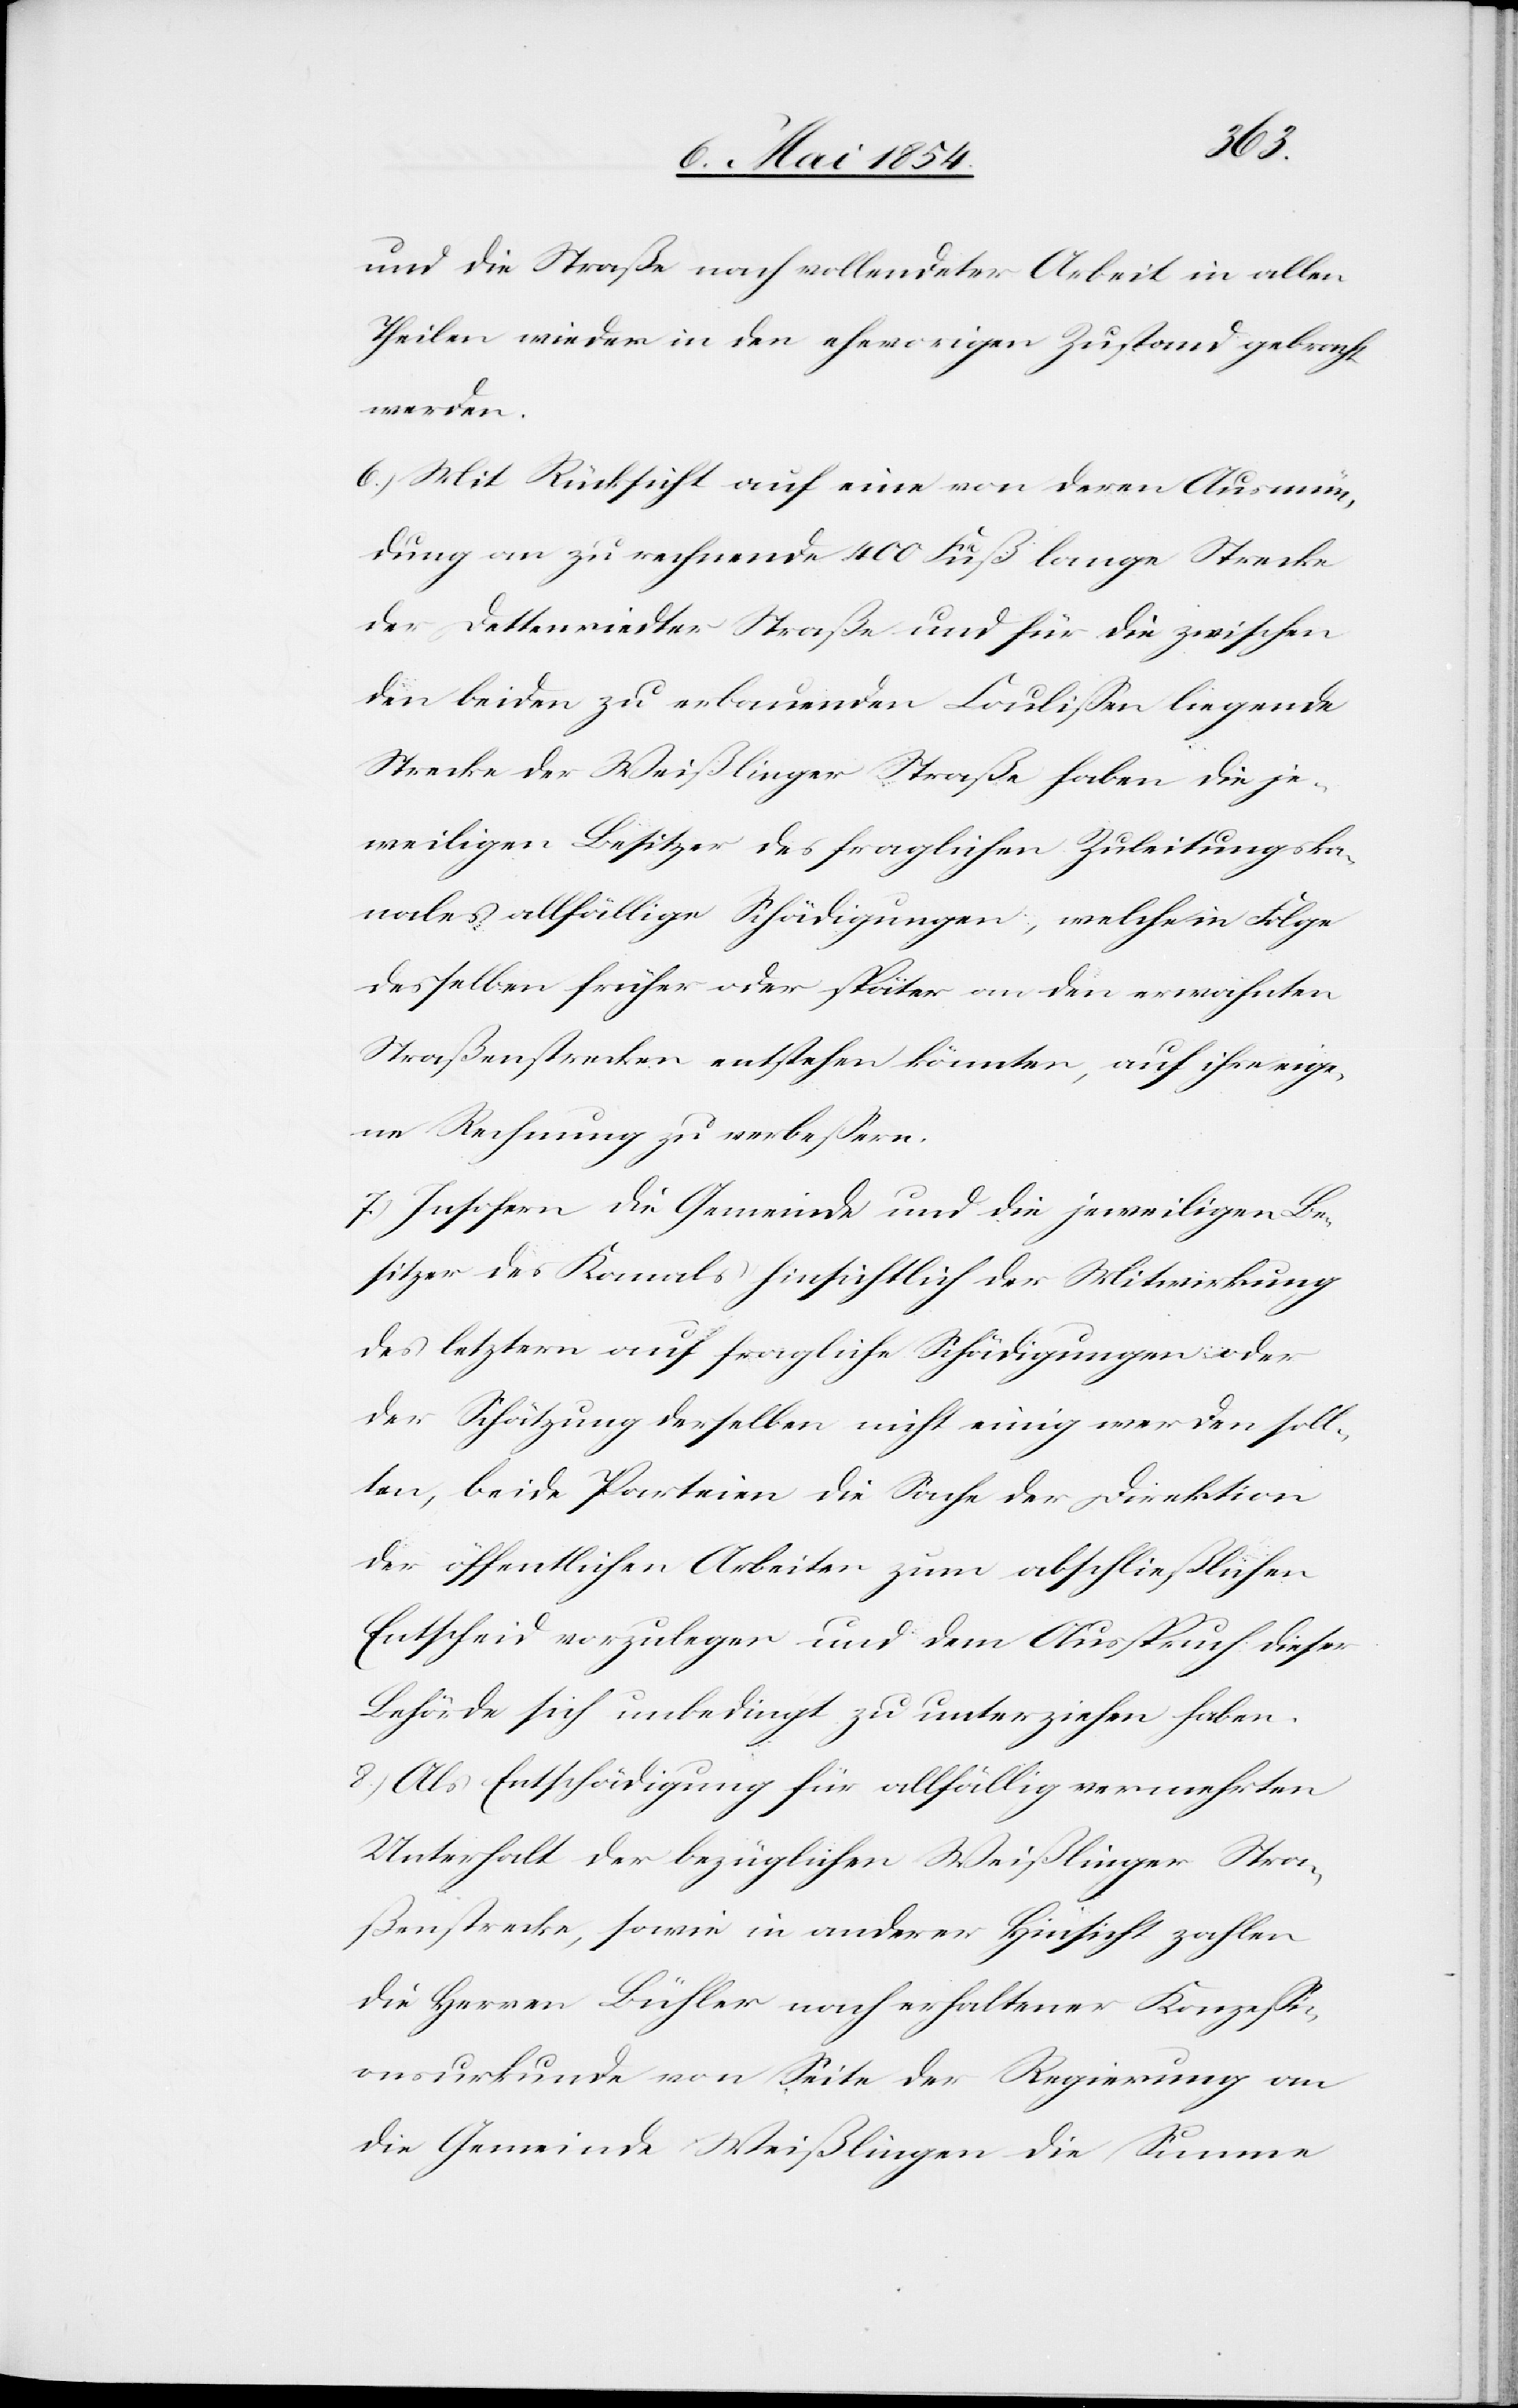
und die Straße nach vollendeter Arbeit in allen
Theilen wieder in den ehevorigen Zustand gebracht
werden.
6.) Mit Rücksicht auf eine von deren Ausmün¬
dung an zu rechnende 400 Fuß lange Strecke
der Dettenriedter Straße und für die zwischen
den beiden zu erbauenden Coulißen liegende
Strecke der Weißlinger Straße haben die je¬
weiligen Besitzer des fraglichen Zuleitungska¬
nales allfällige Schädigungen, welche in Folge
desselben früher oder später an den erwähnten
Straßenstrecken entstehen könnten, auf ihre eige¬
ne Rechnung zu verbeßern.
7.) Insofern die Gemeinde und die jeweiligen Be¬
sitzer des Kanals hinsichtlich der Mitwirkung
des letztern auf fragliche Schädigungen oder
der Schätzung derselben nicht einig werden soll¬
ten, beide Parteien die Sache der Direktion
der öffentlichen Arbeiten zum abschließlichen
Entscheid vorzulegen und dem Ausspruch dieser
Behörde sich unbedingt zu unterziehen haben.
8.) Als Entschädigung für allfällig vermehrten
Unterhalt der bezüglichen Weißlinger Stra¬
ßenstrecke, sowie in anderer Hinsicht zahlen
die Herren Bühler nach erhaltener Konzeßi¬
onsurkunde von Seite der Regierung an
die Gemeinde Weißlingen die Summe